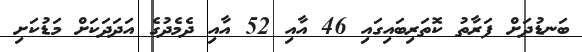
ބަނޑުދަށް ފަރާތު ކޮތަރިބައިގައި 46 އާއި 52 އާއި ދެެމެދުގެ އަދަދަކަށް މަޑުކަށި